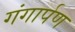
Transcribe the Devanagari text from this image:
गंगार्पण